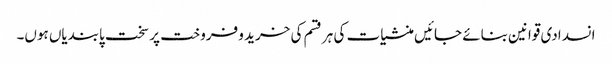
انسدادی قوانین بنائے جائیں منشیات کی ہر قسم کی خرید و فروخت پر سخت پابندیاں ہوں۔